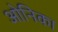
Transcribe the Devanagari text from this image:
ओनिका